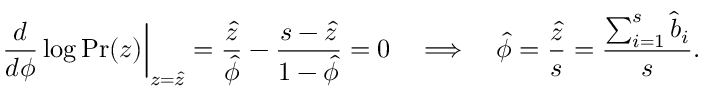
\left. \frac { d } { d \phi } \log \mathrm { P r } ( z ) \right| _ { z = \hat { z } } = \frac { \hat { z } } { \hat { \phi } } - \frac { s - \hat { z } } { 1 - \hat { \phi } } = 0 \quad \Longrightarrow \quad \hat { \phi } = \frac { \hat { z } } { s } = \frac { \sum _ { i = 1 } ^ { s } \hat { b } _ { i } } { s } .